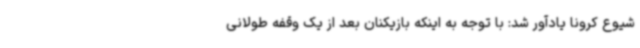
شیوع کرونا یادآور شد: با توجه به اینکه بازیکنان بعد از یک وقفه طولانی